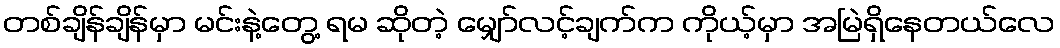
တစ်ချိန်ချိန်မှာ မင်းနဲ့တွေ့ ရမ ဆိုတဲ့ မျှော်လင့်ချက်က ကိုယ့်မှာ အမြဲရှိနေတယ်လေ